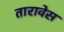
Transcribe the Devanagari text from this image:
तारावेस